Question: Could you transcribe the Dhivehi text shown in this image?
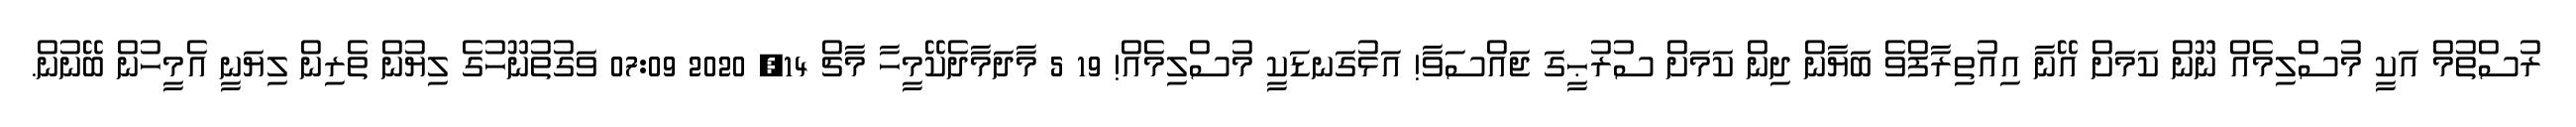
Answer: ރުސްތުމް އަކީ މުސްލިމެއް ނޫން ކަމަށް އޭނާ އިއުތިރާފްވެ ބަޔާން ދިން ކަމަށް ސުރުޙީގަ ޖައްސަވާ! އަޅުގަނޑަކީ މުސްލިމެއް! 19 5 މާދަމާދެކޭމީހާ މާޗް 14, 2020 07:09 ވަގުތުނޫހުގެ ލިޔުން ތެރިން ލިޔަނީ އެމީހުން ބޭނުން.